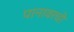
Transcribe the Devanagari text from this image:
पानावरची